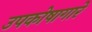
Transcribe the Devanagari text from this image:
उपकोषागारे